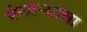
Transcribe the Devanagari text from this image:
घेणाऱ्यांचा